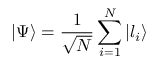
\left\lvert \Psi \right\rangle = \frac { 1 } { \sqrt { N } } \sum _ { i = 1 } ^ { N } \left\lvert l _ { i } \right\rangle